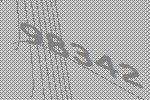
98342